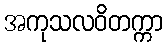
အကုသလဝိတက္ကာ